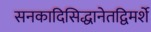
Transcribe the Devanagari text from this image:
सनकादिसिद्धानेतद्विमर्शे